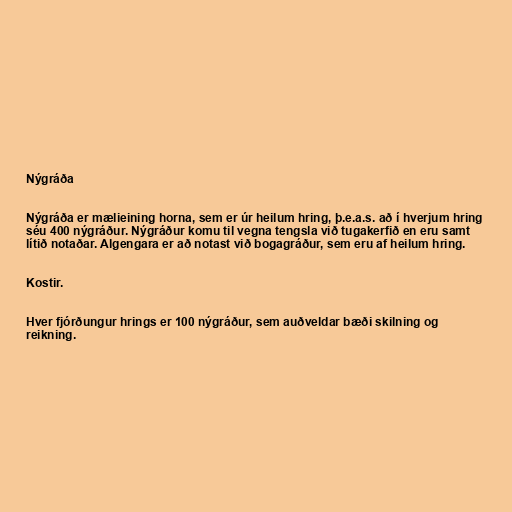
Nýgráða

Nýgráða er mælieining horna, sem er úr heilum hring, þ.e.a.s. að í hverjum hring
séu 400 nýgráður. Nýgráður komu til vegna tengsla við tugakerfið en eru samt
lítið notaðar. Algengara er að notast við bogagráður, sem eru af heilum hring.

Kostir.

Hver fjórðungur hrings er 100 nýgráður, sem auðveldar bæði skilning og
reikning.